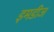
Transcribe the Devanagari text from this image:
इमडीज